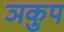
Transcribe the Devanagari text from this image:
ञकुप